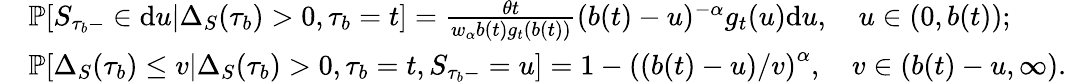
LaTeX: \begin{array}{rl}&{\mathbb{P}[S_{\tau_{b}-}\in\mathrm{d}u|\Delta_{S}(\tau_{b})>0,\tau_{b}=t]=\frac{\theta t}{w_{\alpha}b(t)g_{t}(b(t))}(b(t)-u)^{-\alpha}g_{t}(u)\mathrm{d}u,\quad u\in(0,b(t));}\\ &{\mathbb{P}[\Delta_{S}(\tau_{b})\leq v|\Delta_{S}(\tau_{b})>0,\tau_{b}=t,S_{\tau_{b}-}=u]=1-\left((b(t)-u)/v\right)^{\alpha},\quad v\in(b(t)-u,\infty).}\end{array}